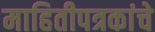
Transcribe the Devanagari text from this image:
माहितीपत्रकांचे